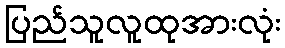
ပြည်သူလူထုအားလုံး